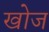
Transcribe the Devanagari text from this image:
खाेज